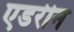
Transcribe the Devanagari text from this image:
एडरीन